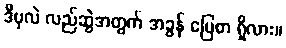
ဒီပုလဲ လည်ဆွဲအတွက် အခွန် ပြေစာ ရှိလား။